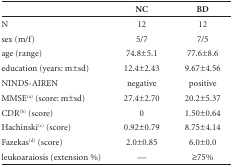
<table><thead><tr><td><b> </b></td><td><b>NC</b></td><td><b>BD</b></td></tr></thead><tbody><tr><td>N</td><td>12</td><td>12</td></tr><tr><td>sex (m/f)</td><td>5/7</td><td>7/5</td></tr><tr><td>age (range)</td><td>74.8±5.1</td><td>77.6±8.6 </td></tr><tr><td>education (years: m±sd)</td><td>12.4±2.43</td><td>9.67±4.56</td></tr><tr><td>NINDS-AIREN</td><td>negative</td><td>positive</td></tr><tr><td>MMSE<sup>(a)</sup> (score: m±sd)</td><td>27.4±2.70</td><td>20.2±5.37</td></tr><tr><td>CDR<sup>(b)</sup> (score)</td><td>0</td><td>1.50±0.64</td></tr><tr><td>Hachinski<sup>(c)</sup> (score)</td><td>0.92±0.79</td><td>8.75±4.14</td></tr><tr><td>Fazekas<sup>(d)</sup> (score)</td><td>2.0±0.85</td><td>6.0±0.0</td></tr><tr><td>leukoaraiosis (extension %)</td><td>--</td><td>≥75%</td></tr></tbody></table>